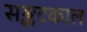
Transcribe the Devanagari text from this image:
सङ्कटकाल